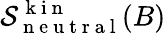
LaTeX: \mathcal{S}_{\mathrm{~n~e~u~t~r~a~l~}}^{\mathrm{~k~i~n~}}(B)